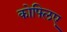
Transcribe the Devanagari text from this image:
कोफ्लिए